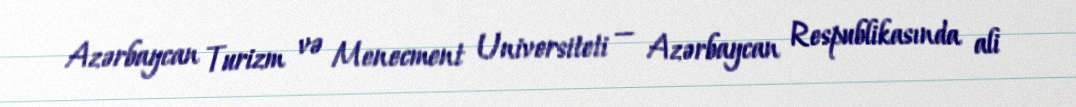
Azərbaycan Turizm və Menecment Universiteti — Azərbaycan Respublikasında ali